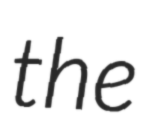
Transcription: the